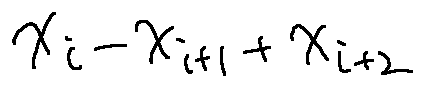
x _ { i } - x _ { i + 1 } + x _ { i + 2 }